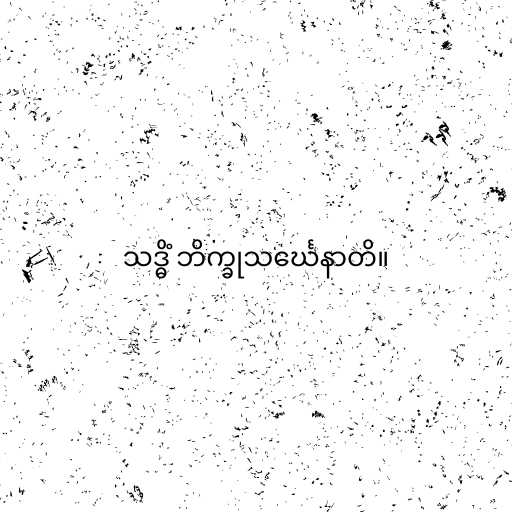
သဒ္ဓိံ ဘိက္ခုသင်္ဃေနာတိ။